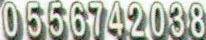
0556742038